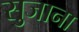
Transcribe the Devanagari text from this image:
सुजाना